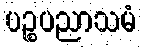
ပဉ္စပညာသမံ